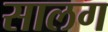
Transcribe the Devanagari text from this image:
सालग